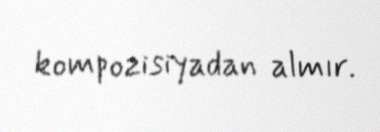
kompozisiyadan almır.